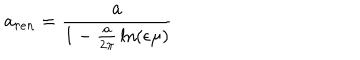
LaTeX: { \bf a } _ { r e n } = { \frac { \bf a } { 1 - { \frac { \bf a } { 2 \pi } } \ln ( { \epsilon \mu } ) } }